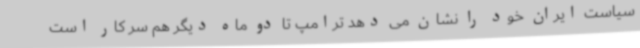
سیاست ایران خود را نشان می دهد ترامپ تا دو ماه دیگر هم سر کار است